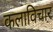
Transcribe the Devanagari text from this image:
कलाविचार